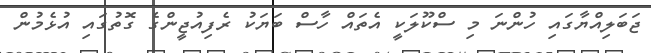
ޖަބަލިއްޔާގައި ހުންނަ މި ސްކޫލަކީ އެތައް ހާސް ބަޔަކު ރެފިއުޖީންގެ ގޮތުގައި އުޅެމުން